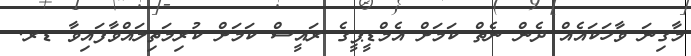
މާގިނަ ވާހަކައެއް ދެން ނެތް ކަމަށް އެމްޑީޕީގެ ރައީސް ކަމަށް ކުރިމަތިލައްވާފައިވާ ޑރ.